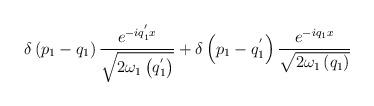
LaTeX: \begin{align*}\delta\left(p_1-q_1\right)\frac {e^{-iq_1^{'}x}} {\sqrt{2{\omega}_1\left(q_1^{'}\right)}}+\delta\left(p_1-q_1^{'}\right)\frac {e^{-iq_1x}} {\sqrt{2{\omega}_1\left(q_1\right)}}\end{align*}